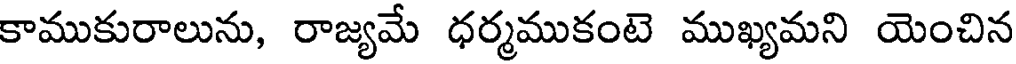
కాముకురాలును, రాజ్యమే ధర్మముకంటె ముఖ్యమని యెంచిన